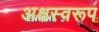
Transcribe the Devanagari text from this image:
अक्षस्वरूप